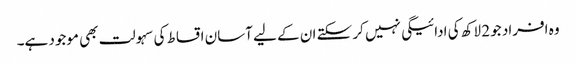
وہ افراد جو 2 لاکھ کی ادائیگی نہیں کر سکتے ان کے لیے آسان اقساط کی سہولت بھی موجود ہے۔